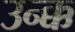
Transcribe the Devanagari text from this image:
उन्क्क